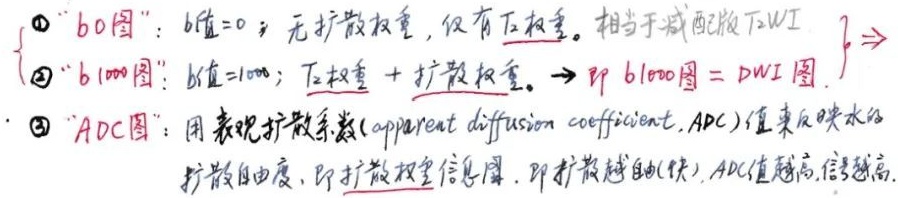
\textcircled{1} “$b0$图”：$b$值为\(0\)；无扩散权重，仅有\(T_{2}\)权重。相当于减配版\(T_{2}WI\)。
\textcircled{2} “$b1000$图”：$b$值为\(1000\)；\(T_{2}\)权重加上扩散权重。$\to$ 即\(b1000\)图 = DWI图。
\textcircled{3} “ADC图”：用表观扩散系数（apparent diffusion coefficient, ADC）值来反映水的扩散自由度，即扩散权重信息图，即扩散越自由(快)，ADC值越高，信号越高。